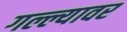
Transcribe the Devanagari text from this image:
गल्ल्यावर